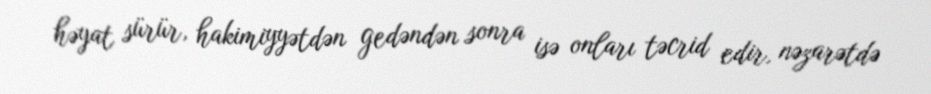
həyat sürür, hakimiyyətdən gedəndən sonra isə onları təcrid edir, nəzarətdə